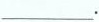
___.